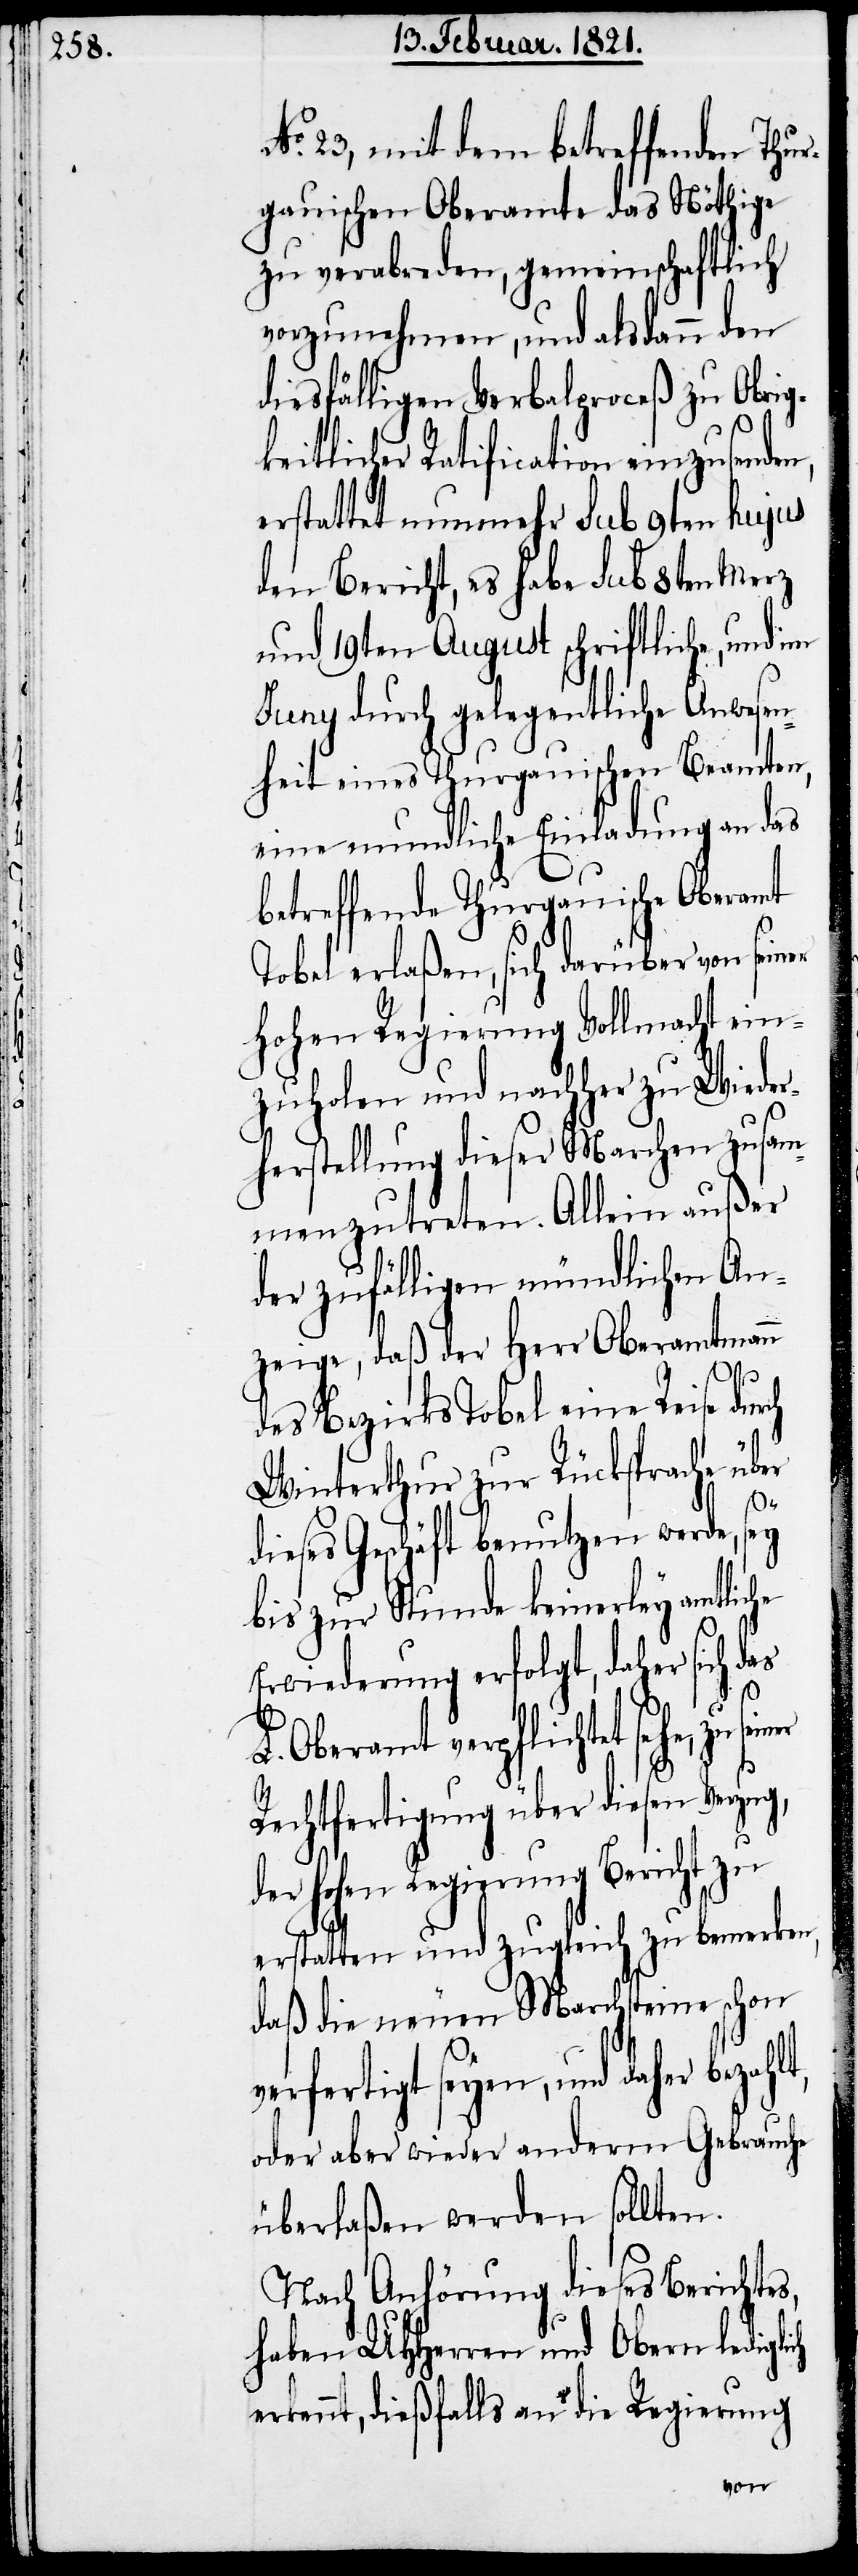
No. 23, mit dem betreffenden Thur¬
gauischen Oberamte das Nöthige
zu verabreden, gemeinschaftlich
vorzunehmen, und alsdann den
diesfälligen Verbalproceß zu Obrig¬
keitlicher Ratification einzusenden,
erstattet nunmehr sub 9ten hujus
den Bericht, es habe sub 8ten Merz
und 19ten August schriftliche, und im
Juny durch gelegentliche Anwesen¬
heit eines Thurgauischen Beamten,
eine mundliche Einladung an das
betreffende Thurgauische Oberamt
Tobel erlaßen, sich darüber von sein¬
hohen Regierung Vollmacht ein¬
zuholen und nachher zu Wieder¬
herstellung dieser Marchen zusam¬
menzutreten. Allein außer
der zufälligen mündlichen An¬
zeige, daß der Herr Oberamtmann
ch
des Bezirks Tobel eine Reise durch
Winterthur zur Rücksprache über
dieses Geschäft benutzen werde, sey
bis zur Stunde keinerley amtliche
Erwiederung erfolgt, daher sich das
d¬
L. Oberamt verpflichtet sehe, zu se¬
Rechtfertigung über diesen Verzug,
er hohen Regierung Bericht zu
erstatten und zugleich zu bemerken,
daß die neuen Marchsteine schon
verfertigt seyen, und daher bezah¬
oder aber wieder anderm Gebraucht
überlaßen werden sollten.
Nach Anhörung dieses Berichtes,
haben UHHerren und Obern ledigli¬
erkennt, dießfalls an die Regierung